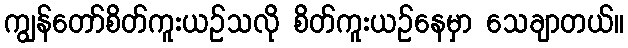
ကျွန်တော်စိတ်ကူးယဉ်သလို စိတ်ကူးယဉ်နေမှာ သေချာတယ်။